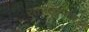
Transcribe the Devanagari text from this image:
रतनजानकर